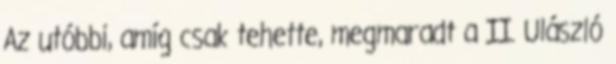
Az utóbbi, amíg csak tehette, megmaradt a II. Ulászló